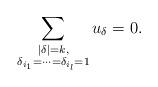
LaTeX: \begin{align*}\sum_{\substack{|\delta|=k,\\\delta_{i_{1}}=\cdots=\delta_{i_{l}}=1}}u_{\delta}=0.\end{align*}